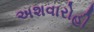
અશવારોહી